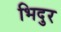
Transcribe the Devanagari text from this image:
भिदुर